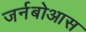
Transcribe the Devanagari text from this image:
जर्नबोआस